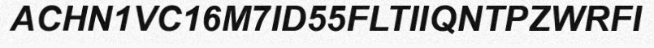
ACHN1VC16M7ID55FLTIIQNTPZWRFI